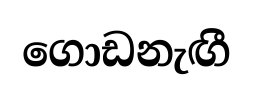
ගොඩනැඟී